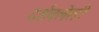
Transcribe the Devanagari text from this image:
दर्शवलेली